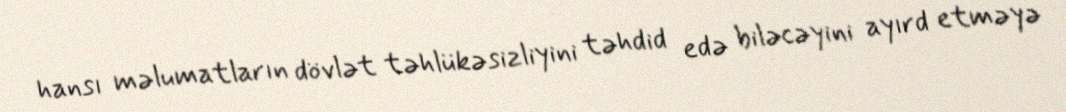
hansı məlumatların dövlət təhlükəsizliyini təhdid edə biləcəyini ayırd etməyə